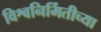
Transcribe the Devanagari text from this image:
विश्वनिर्मितीच्या